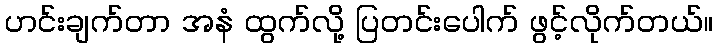
ဟင်းချက်တာ အနံ ထွက်လို့ ပြတင်းပေါက် ဖွင့်လိုက်တယ်။